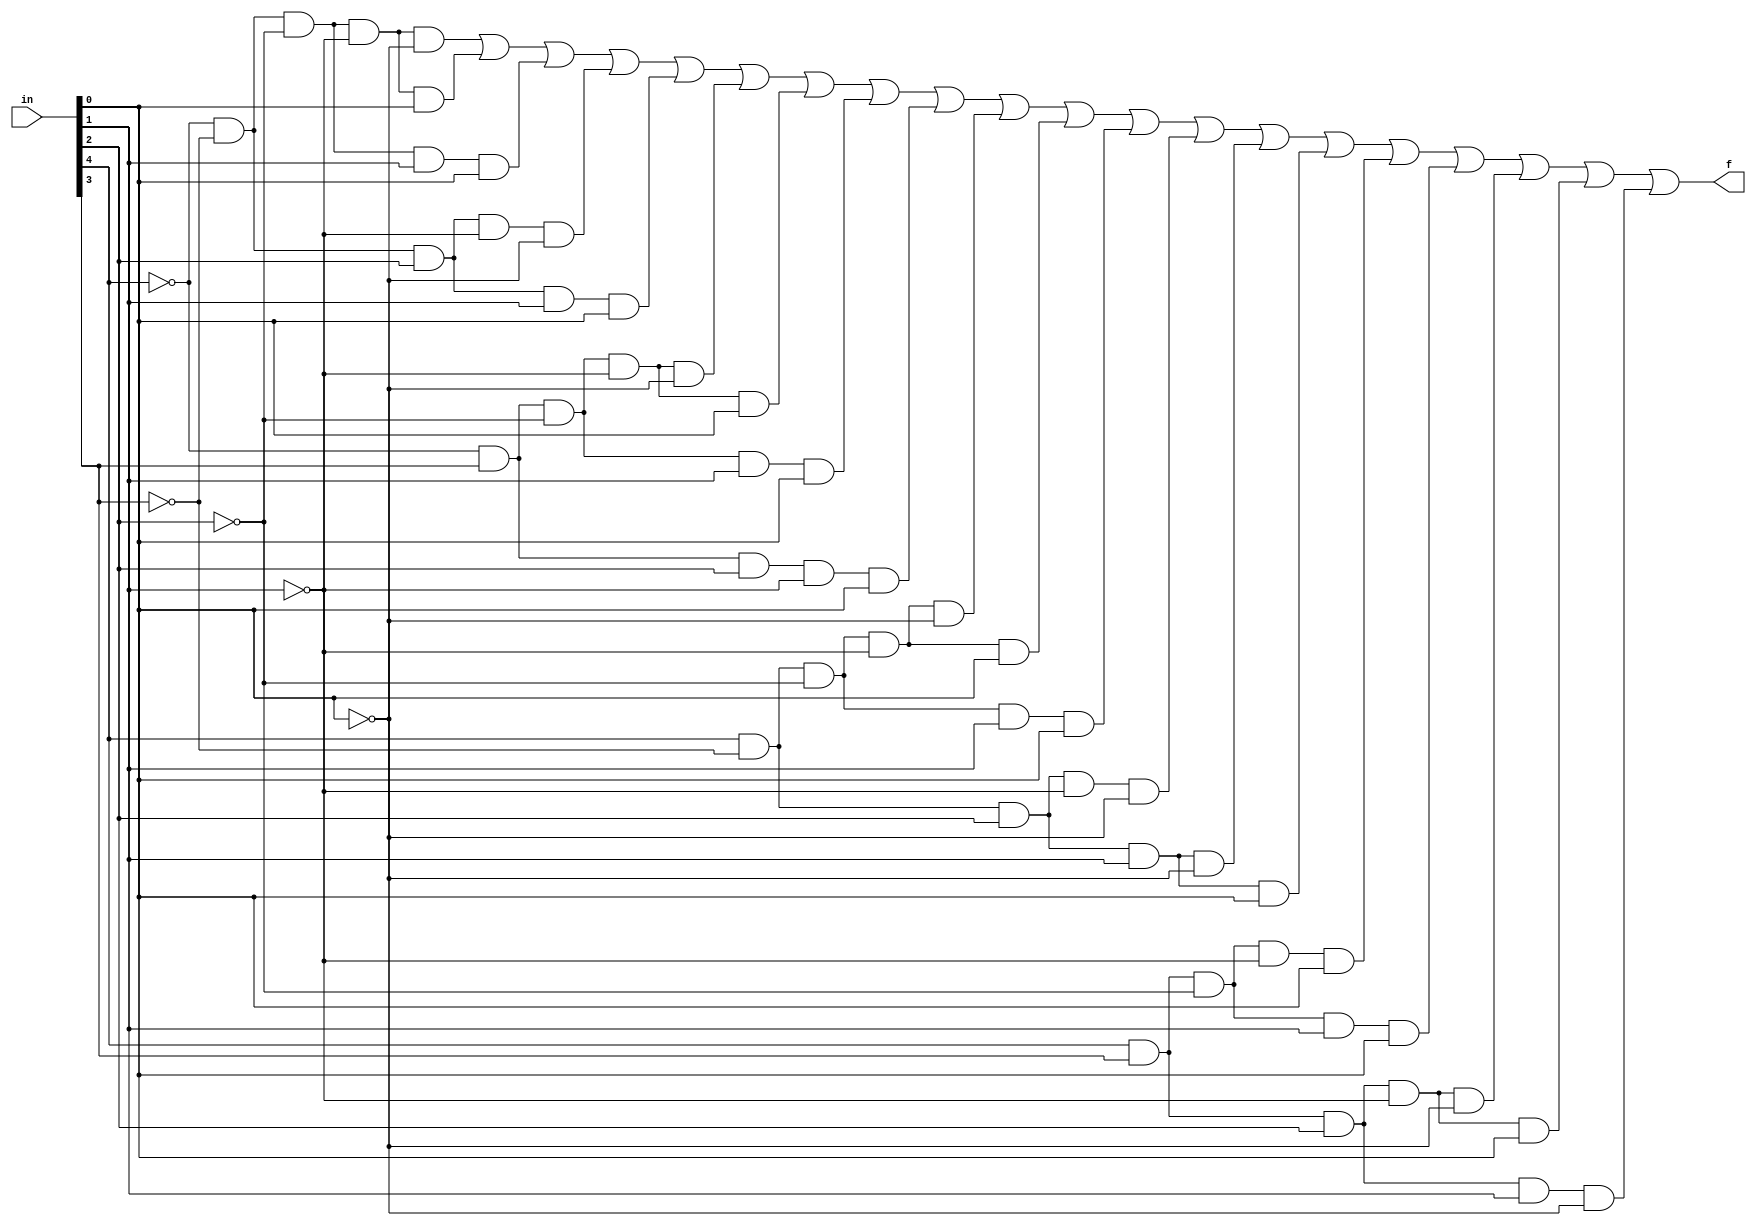
module sdnf(
    input [4:0] in,
    output f);
    
assign f = (!in[4] && !in[3] && !in[2] && !in[1] && !in[0]) || (!in[4] && !in[3] && !in[2] && !in[1] && in[0]) || 
           (!in[4] && !in[3] && !in[2] && in[1] && in[0]) || (!in[4] && !in[3] && in[2] && !in[1] && !in[0]) || 
           (!in[4] && !in[3] && in[2] && in[1] && in[0]) || (!in[4] && in[3] && !in[2] && !in[1] && !in[0]) || 
           (!in[4] && in[3] && !in[2] && !in[1] && in[0]) || (!in[4] && in[3] && !in[2] && in[1] && in[0]) || 
           (!in[4] && in[3] && in[2] && !in[1] && in[0]) || (in[4] && !in[3] && !in[2] && !in[1] && !in[0]) || 
           (in[4] && !in[3] && !in[2] && !in[1] && in[0]) || (in[4] && !in[3] && !in[2] && in[1] && in[0]) || 
           (in[4] && !in[3] && in[2] && !in[1] && !in[0]) || (in[4] && !in[3] && in[2] && in[1] && !in[0]) || 
           (in[4] && !in[3] && in[2] && in[1] && in[0]) || (in[4] && in[3] && !in[2] && !in[1] && in[0]) || 
           (in[4] && in[3] && !in[2] && in[1] && in[0]) || (in[4] && in[3] && in[2] && !in[1] && !in[0]) || 
           (in[4] && in[3] && in[2] && !in[1] && in[0]) || (in[4] && in[3] && in[2] && in[1] && !in[0]);

endmodule